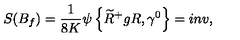
S ( B _ { f } ) = \frac { 1 } { 8 K } \psi \left\{ \widetilde { R } ^ { + } g R , \gamma ^ { 0 } \right\} = i n v ,